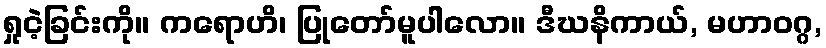
ရှုငဲ့ခြင်းကို။ ကရောဟိ၊ ပြုတော်မူပါလော။ ဒီဃနိကာယ်, မဟာဝဂ္ဂ,